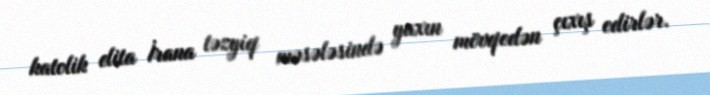
katolik elita İrana təzyiq məsələsində yaxın mövqedən çıxış edirlər.